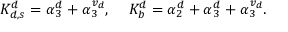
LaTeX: K _ { d , s } ^ { d } = \alpha _ { 3 } ^ { d } + \alpha _ { 3 } ^ { { v } _ { d } } , \, \, \, \, \, \, \, K _ { b } ^ { d } = \alpha _ { 2 } ^ { d } + \alpha _ { 3 } ^ { d } + \alpha _ { 3 } ^ { { v } _ { d } } .